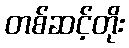
တစ်ဆင့်တိုး